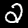
Digit: 2